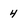
Character: 4